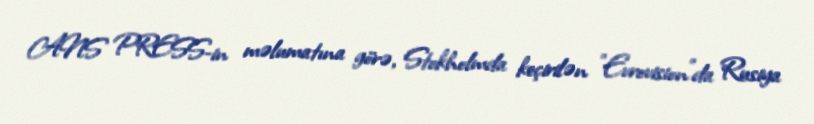
ANS PRESS-in məlumatına görə, Stokholmda keçirilən "Evrovision"da Rusiya